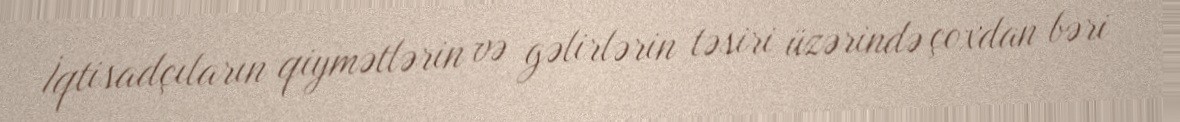
İqtisadçıların qiymətlərin və gəlirlərin təsiri üzərində çoxdan bəri